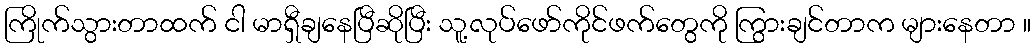
ကြိုက်သွားတာထက် ငါ မာရှီချနေပြီဆိုပြီး သူ့လုပ်ဖော်ကိုင်ဖက်တွေကို ကြွားချင်တာက များနေတာ ။